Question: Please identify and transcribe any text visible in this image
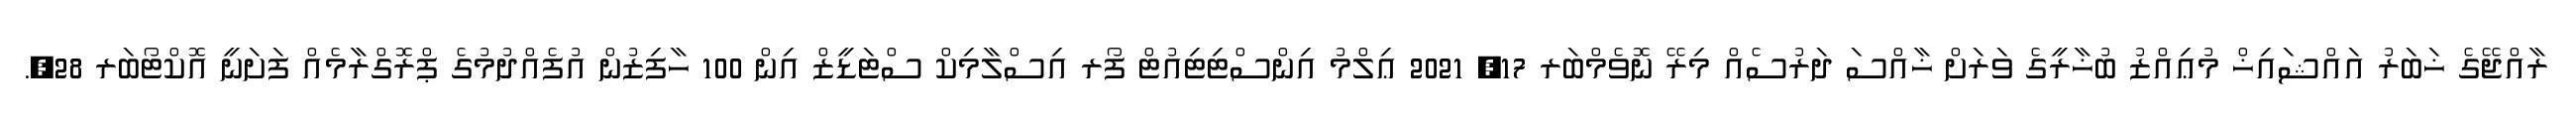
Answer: ރާއްޖޭގެ ޚަބަރު އައްޝައިޚް މުޢިއްޒު ބުޚާރީގެ ވަރަށް ޚާއްސަ ދަރުސެއް މިރޭ ނޮވެމްބަރ 17, 2021 ޢިލްމު އިންސްޓިޓިއުޓް ފޯރ އިސްލާމިކް ސްޓަޑީޒް އިން 100 ހާފިޒުން އުފެއްދުމުގެ ޕްރޮގްރާމެއް ފަށަނީ އޮކްޓޯބަރ 28,.